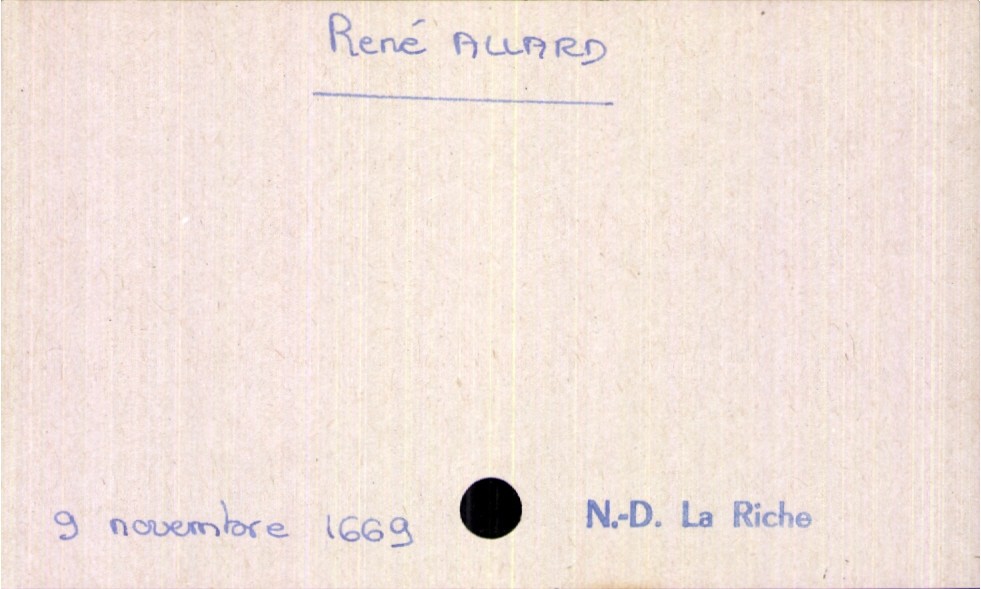
type_acte: Décès
année: 1669
mois: novembre
jour: 9
paroisse: Notre-Dame La Riche
défunt_nom: Allard
défunt_prénom: René